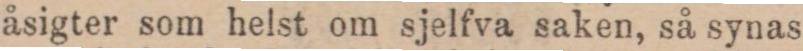
åsigter som helst om sjelfva saken, så synas